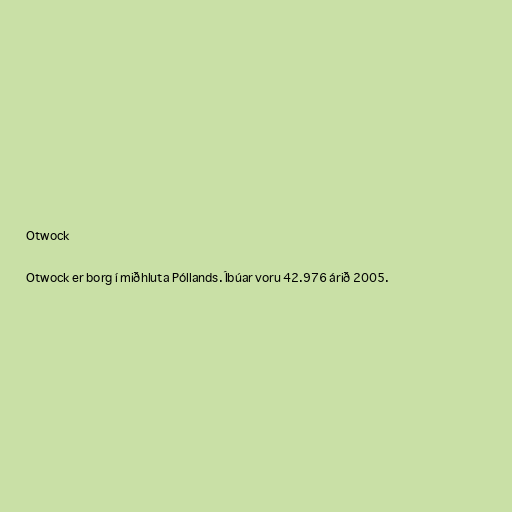
Otwock

Otwock er borg í miðhluta Póllands. Íbúar voru 42.976 árið 2005.